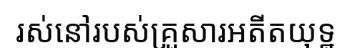
រស់នៅរបស់គ្រួសារអតីតយុទ្ឋ